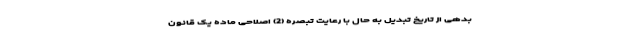
بدهی از تاریخ تبدیل به حال با رعایت تبصره (2) اصلاحی ماده یک قانون